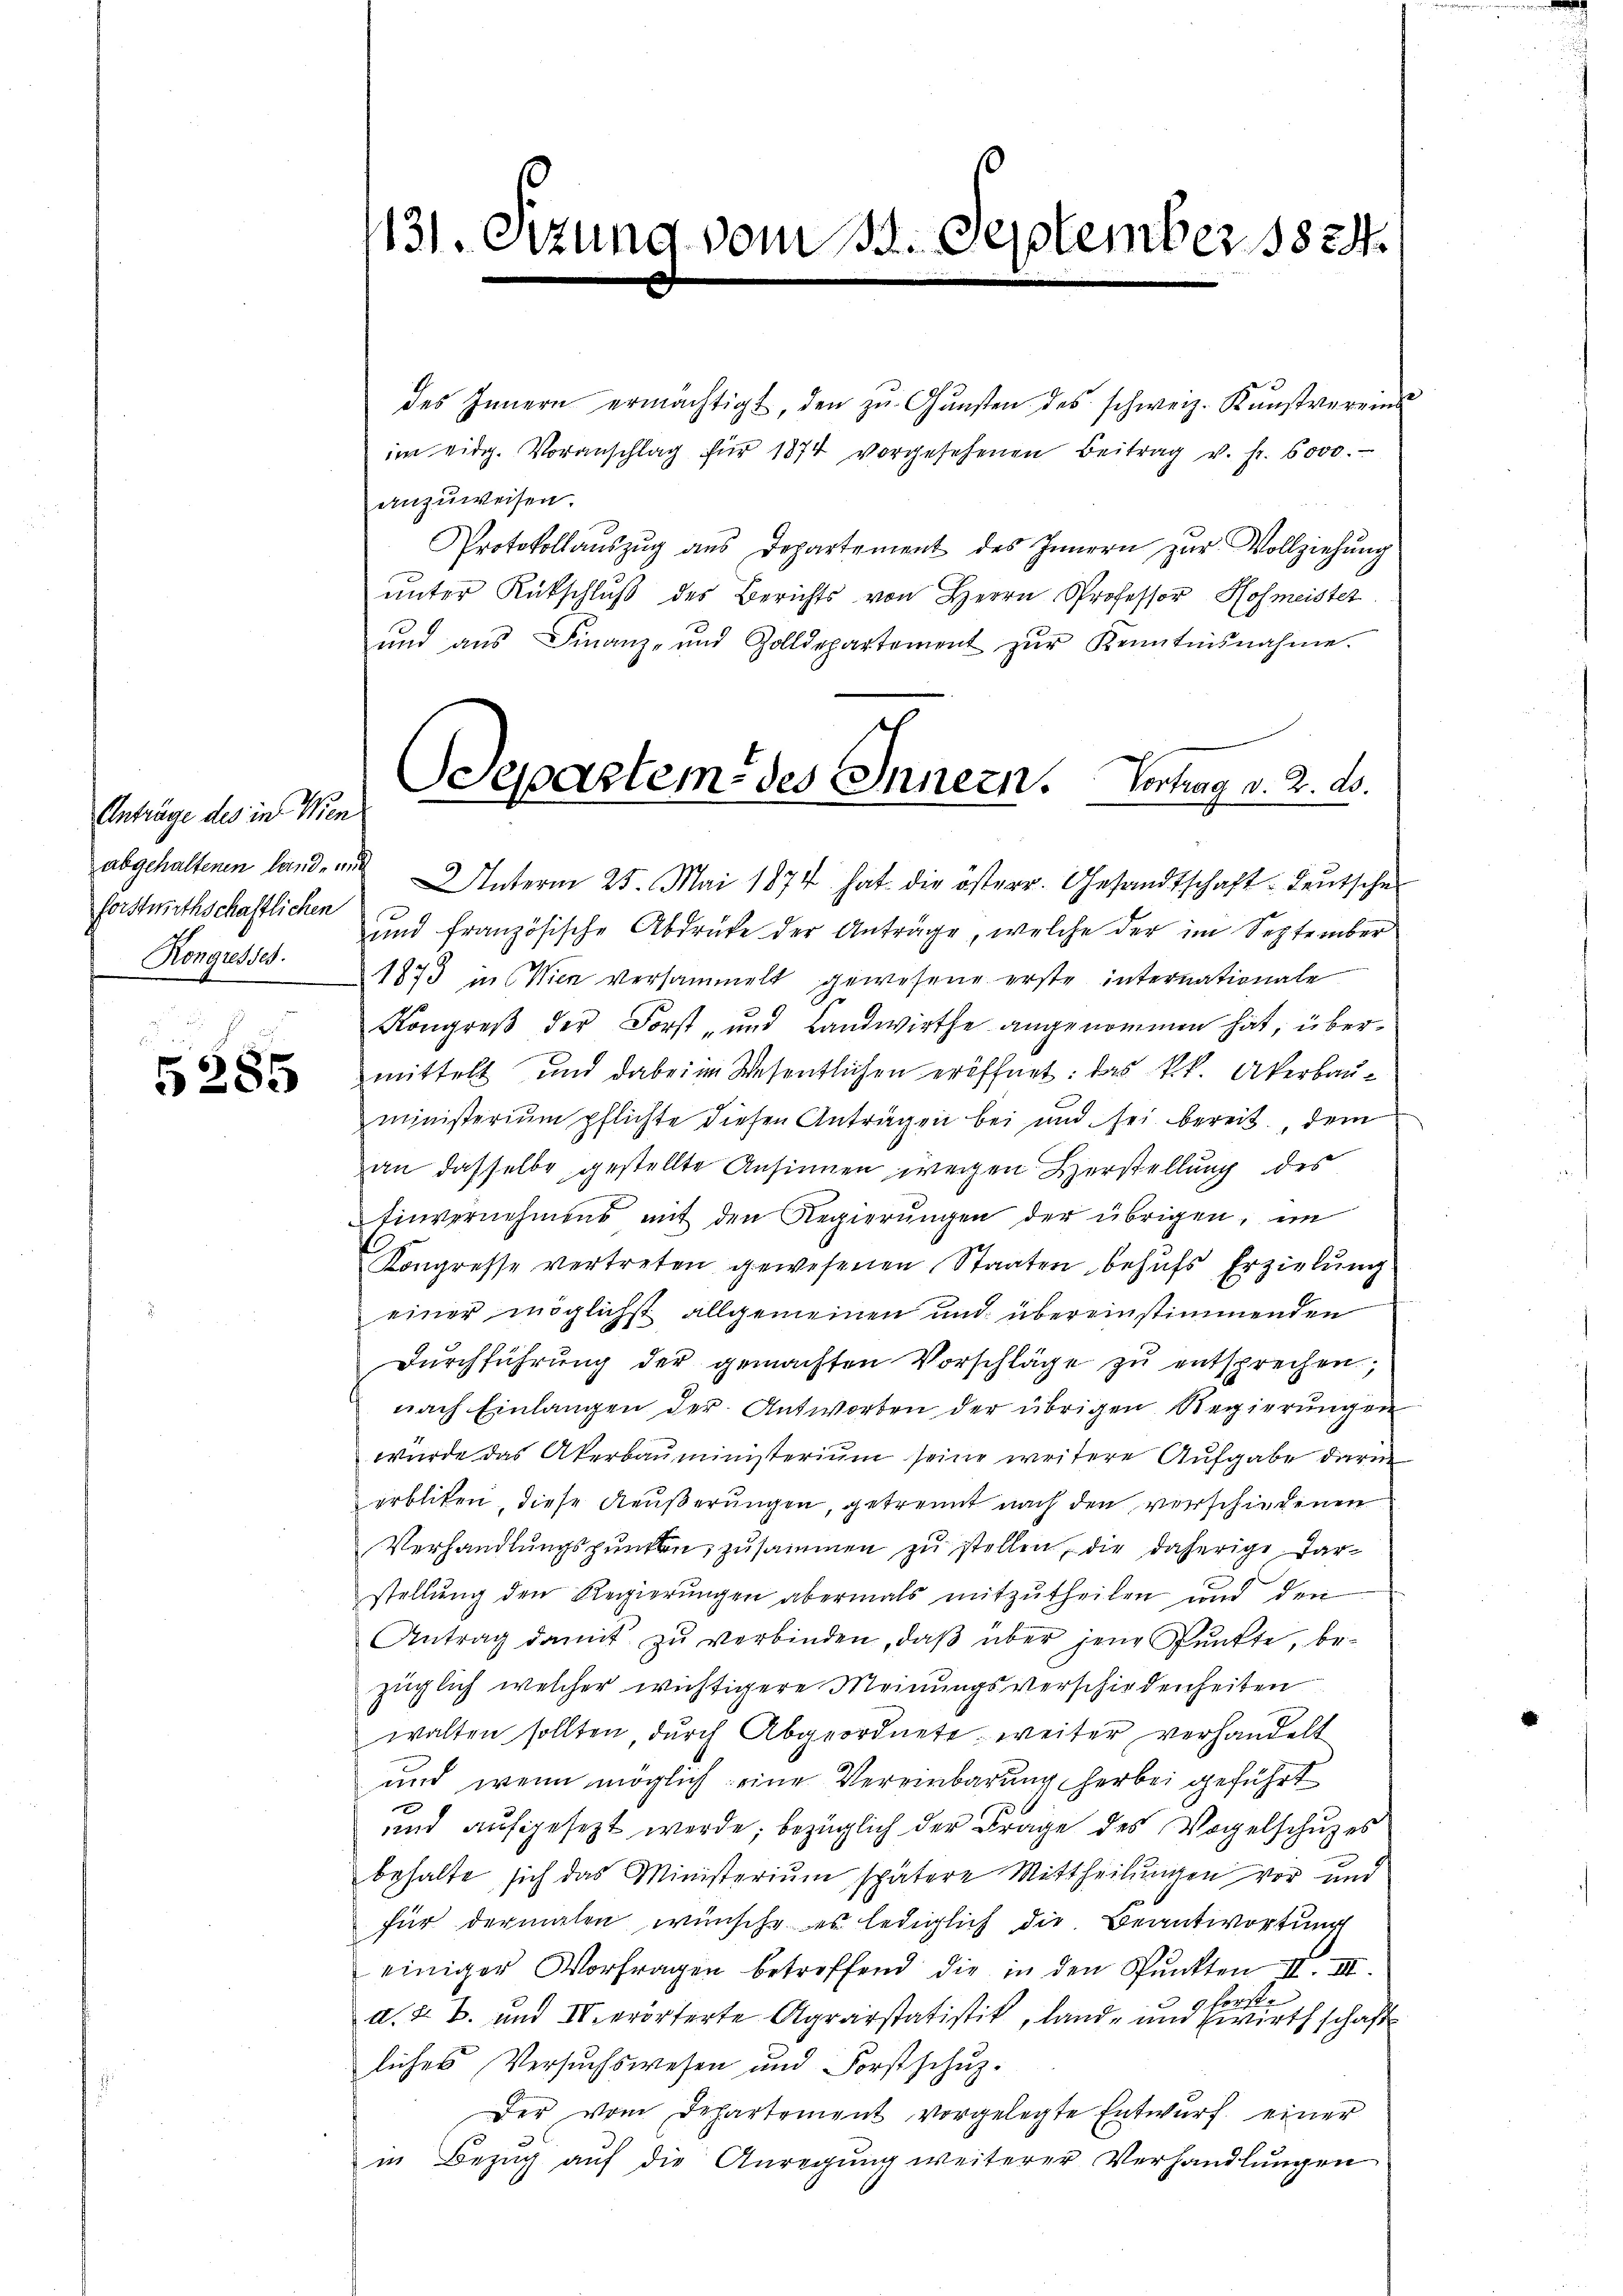
Anträge des in Wen
forstwirthschaftlichen
Rongresses.

5285

131. Sitzung vom 154. September 1824.

des Innern ermächtigt, den zŭ Gŭnsten des schweiz. Kŭnstvereins
im eidg. Voranschlag für 1874 vorgesehenen Beitrag v. fr. 6000.
anzuweisen.
Protokollaŭszŭg aŭs Departement des Innern zur Vollziehung
unter Rückschluß des Berichts von Herrn Professor Hofmeister
ŭnd aŭs Finanz- und Zolldepartement zŭr Kenntnisnahme.
abgehaltenen land, und Unterm 25. Mai 1874 hat die österr. Gesandtschaft deutsche
und französische Abdrücke der Anträge, welche der im September
1873 in Wien versammelt gewesene erste internationale
Kongreß der Forst- und Landwirthe angenommen hat, übermittelt und dabei im Wesentlichen eröffnet: das kk. Akerbauministerium pflichte diesen Antragen bei und sei bereit, dem
an dasselbe gestellte Ansinnen wegen Herstellung des
Einvernehmens mit den Regierŭngen der übrigen, in
Kongresse vertreten gewesenen Staaten behŭfs Erzielung
einer möglichst allgemeinen und übereinstimmenden
Durchführung der gemachten Vorschläge zu entsprechen,
nach Einlangen der Antworten der übrigen Regierungen
würde das Akerbauministerium seine weitere Aufgabe darin
erblicken, diese Aeußerungen, getrennt nach den verschiedenen
Verhandlungspunkten zusammen zu stellen, die daherige, darstellŭng den Regierŭngen abermals mitzŭtheilen und den
Antrag damit zu verbinden, daß über jene Punkte, bezüglich welcher wichtigere Meinungsverschiedenheiten
walten sollten durch Abgeordnete, weiter verhandelt
und wenn möglich eine Vereinbarung herbei geführt
und aufgesezt werde; bezüglich der Frage des Vogelschuzes
behalte sich das Ministerium spätere Mittheilŭngen vor und
für dermalen wünsche es lediglich die Beantwortung
einiger Vorfragen betreffend die in den Spunkten II. III.
bete
4.
d. d. B. und IV erörterte Agrarstatistik, land- und Zwirthschaft
liches Versuchswesen und Forstschŭz-
Der vom Departement vorgelegte Entwŭrf einer
in Bezug auf die Anregung weiterer Verhandlungen

Separtem des Innern. Vertrag v. 2. d.